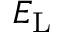
E _ { \mathrm { L } }